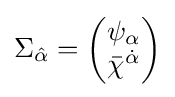
\Sigma _{\hat {\alpha }}={\begin{pmatrix}\psi _{\alpha }\\{\bar {\chi }}^{\dot {\alpha }}\\\end{pmatrix}}